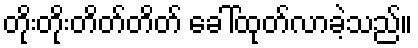
တိုးတိုးတိတ်တိတ် ခေါ်ထုတ်လာခဲ့သည်။